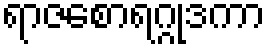
ရာဇစောရဂ္ဂုဒကာ